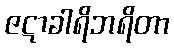
ဇဋာခါရိဘရိတာ